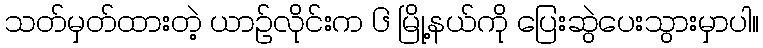
သတ်မှတ်ထားတဲ့ ယာဉ်လိုင်းက ၆ မြို့နယ်ကို ပြေးဆွဲပေးသွားမှာပါ။